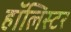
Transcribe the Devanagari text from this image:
हॉलिस्टर